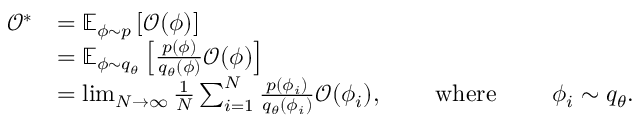
\begin{array} { r l r l r l } { \mathcal { O } ^ { * } } & { = \mathbb { E } _ { \phi \sim p } \left[ \mathcal { O } ( \phi ) \right] } \\ & { = \mathbb { E } _ { \phi \sim { q } _ { \theta } } \left[ \frac { p ( \phi ) } { { q } _ { \theta } ( \phi ) } \mathcal { O } ( \phi ) \right] } \\ & { = \operatorname* { l i m } _ { N \to \infty } \frac { 1 } { N } \sum _ { i = 1 } ^ { N } \frac { p ( \phi _ { i } ) } { { q } _ { \theta } ( \phi _ { i } ) } \mathcal { O } ( \phi _ { i } ) , } & & { \mathrm { ~ w h e r e ~ } } & & { \phi _ { i } \sim { q } _ { \theta } . } \end{array}